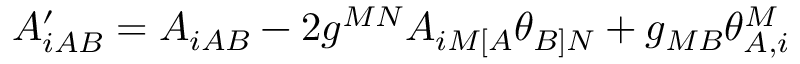
A _ { i A B } ^ { \prime } = A _ { i A B } - 2 g ^ { M N } A _ { i M [ A } \theta _ { B ] N } + g _ { M B } \theta _ { A , i } ^ { M }